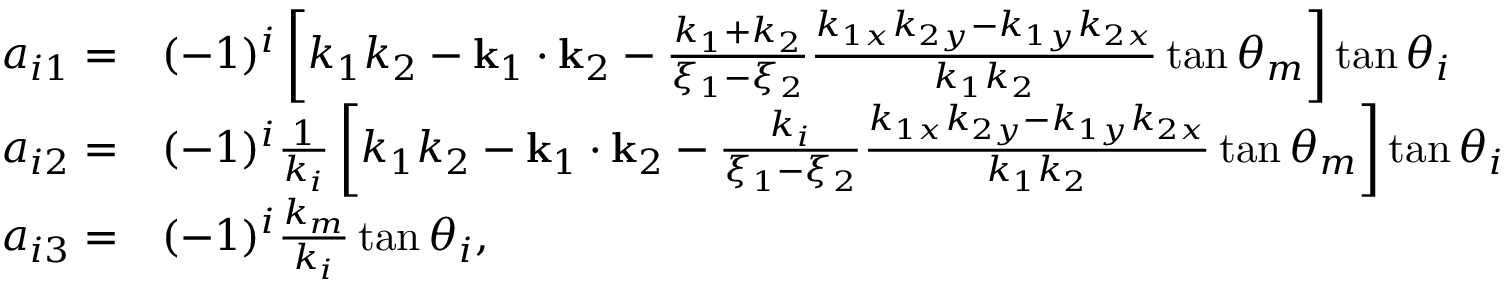
\begin{array} { r l } { a _ { i 1 } = } & { ( - 1 ) ^ { i } \left[ k _ { 1 } k _ { 2 } - \mathbf { k } _ { 1 } \cdot \mathbf { k } _ { 2 } - \frac { k _ { 1 } + k _ { 2 } } { \xi _ { 1 } - \xi _ { 2 } } \frac { k _ { 1 x } k _ { 2 y } - k _ { 1 y } k _ { 2 x } } { k _ { 1 } k _ { 2 } } \tan \theta _ { m } \right] \tan \theta _ { i } } \\ { a _ { i 2 } = } & { ( - 1 ) ^ { i } \frac { 1 } { k _ { i } } \left[ k _ { 1 } k _ { 2 } - \mathbf { k } _ { 1 } \cdot \mathbf { k } _ { 2 } - \frac { k _ { i } } { \xi _ { 1 } - \xi _ { 2 } } \frac { k _ { 1 x } k _ { 2 y } - k _ { 1 y } k _ { 2 x } } { k _ { 1 } k _ { 2 } } \tan \theta _ { m } \right] \tan \theta _ { i } } \\ { a _ { i 3 } = } & { ( - 1 ) ^ { i } \frac { k _ { m } } { k _ { i } } \tan \theta _ { i } , } \end{array}